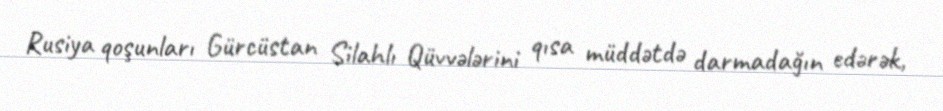
Rusiya qoşunları Gürcüstan Silahlı Qüvvələrini qısa müddətdə darmadağın edərək,